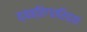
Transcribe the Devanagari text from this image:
व्यक्तिगतरित्या